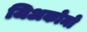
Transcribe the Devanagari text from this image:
जिअकोमो